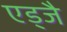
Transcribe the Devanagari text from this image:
एड्जै